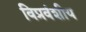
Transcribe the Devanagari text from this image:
विप्रवंशीय